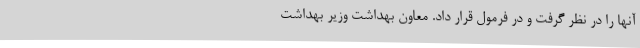
آنها را در نظر گرفت و در فرمول قرار داد. معاون بهداشت وزیر بهداشت